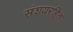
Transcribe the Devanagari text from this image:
संशयरहित